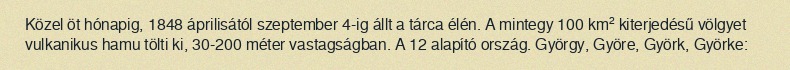
Közel öt hónapig, 1848 áprilisától szeptember 4-ig állt a tárca élén. A mintegy 100 km² kiterjedésű völgyet vulkanikus hamu tölti ki, 30-200 méter vastagságban. A 12 alapító ország. György, Györe, Györk, Györke: